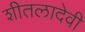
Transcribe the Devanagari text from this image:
शीतलादेवी